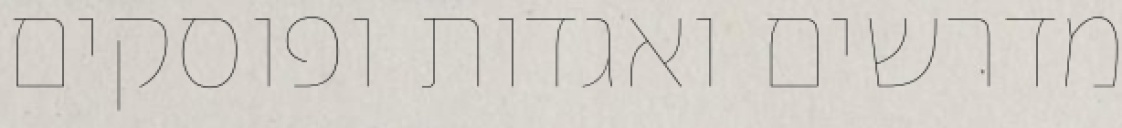
מדרשים ואגדות ופוסקים